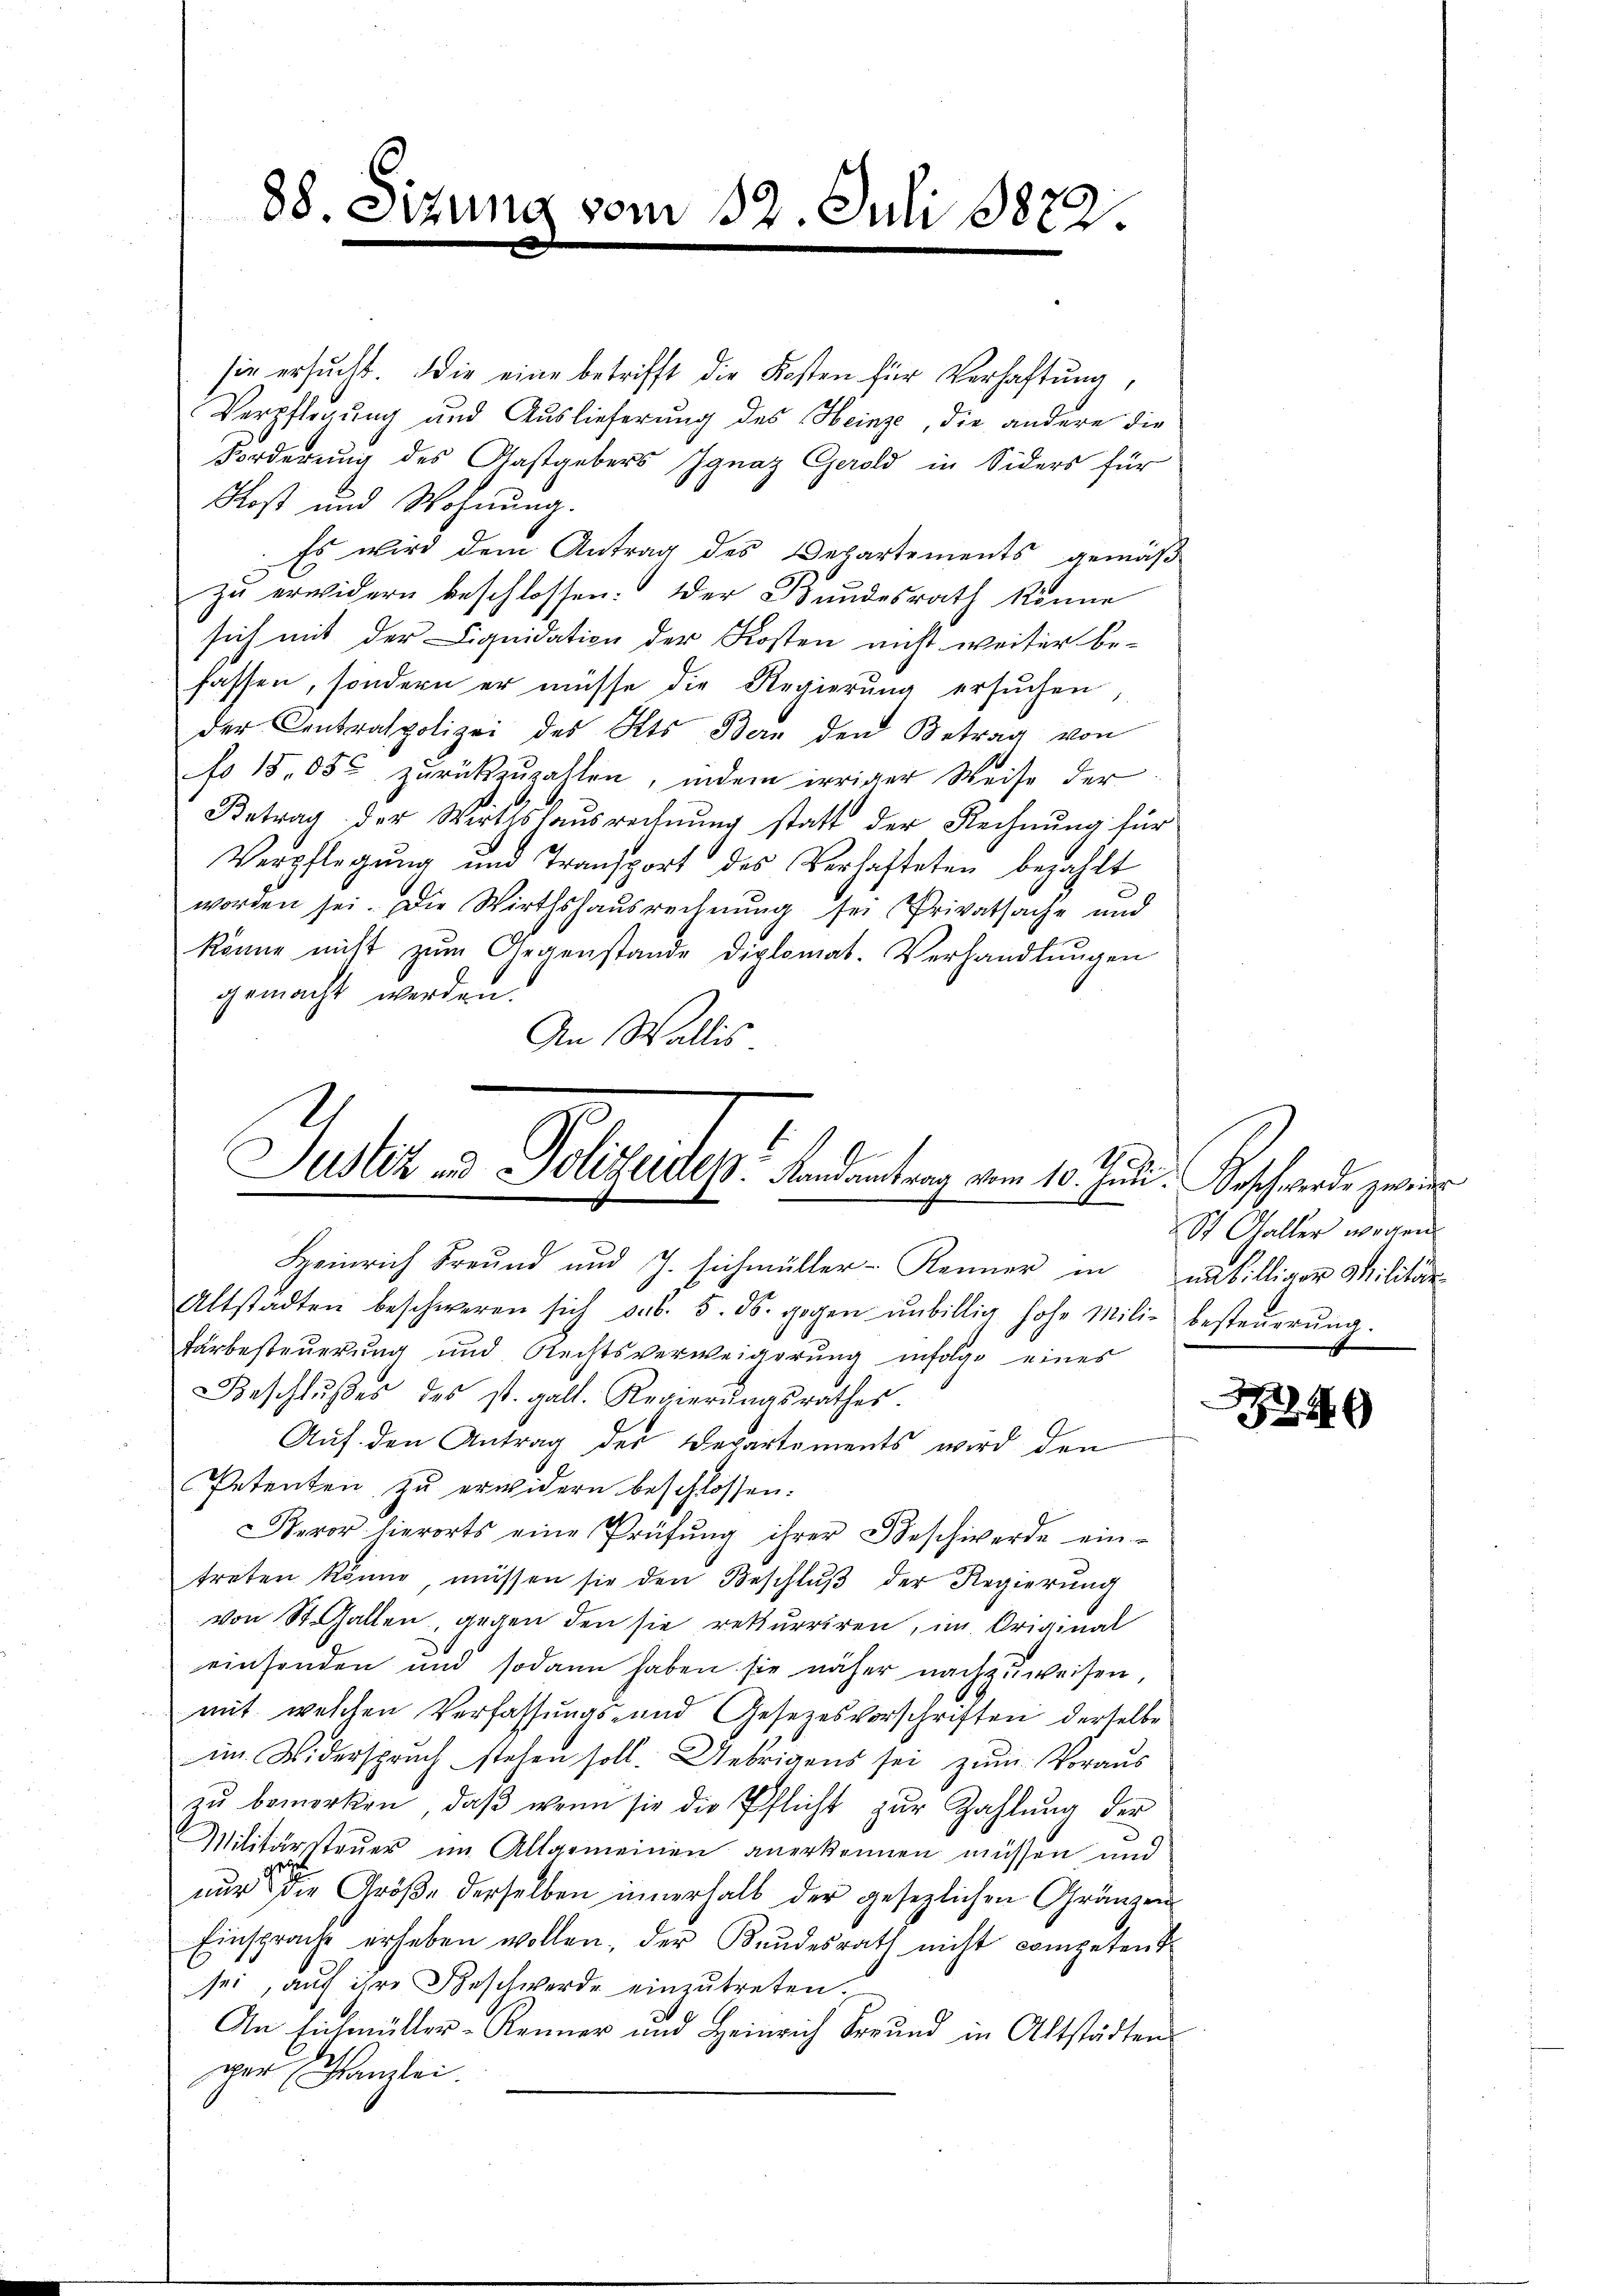
88. Sitzung vom 12. Juli 1822.

sie ersucht. Die eine betrifft die Kosten für Verhaftung,
Verpflegung und Auslieferung des Heinze, die andere die
Forderung des Gastgebers Ignaz Gerold in Siders für
Rost und Wohnung.
Es wird dem Antrag des Departements gemäß
zu erwidern beschlossen: Der Bundesrath könne
sich mit der Liquidation der Kosten nicht weiter be-
fassen, sondern er müsse die Regierŭng ersŭchen,
der Centralpolizei des Kts Bern den Betrag von
fo 18,050 zurückzuzahlen, indem irriger Weise der
Betrag der Wirthshausrechnung statt der Rechnung für
Verpflegŭng und Transport des Verhafteten bezahlt
worden sei. Die Wirthshausrechnŭng sei Privatsache und
könne nicht zum Gegenstande diplomat. Verhandlungen
gemacht werden.
An Wallis

1
Justiz und Polizeides Landantrag vom 10. Juni: Beschwerde zwei

St. Galler wegen
|

Heinrich Freund und J. sichmüller-Kenner in unbilliger Militär-
Altstädten beschweren sich ab. 5. ds. gegen ŭnbillig hohe Mili- besteŭerŭng.
tärbesteuerung und Rechtsverweigerung infolge eines
Beschlŭβes des st. galt. Regierŭngsrathes.
Auf den Antrag der Departements wird den
Petenten zu erwidern beschlossen.
Bevor hierorts eine Prüfŭng ihrer Beschwerde ein-
treten könne, müssen sie den Beschlŭβ der Regierung
von St. Gallen, gegen den sie rekurriren, im Original
einsenden und sodann haben sie näher nachzuweisen,
mit welchen Verfassungs- und Gesezesvorschriften derselbe
im Widerspruch stehen soll. Uebrigens sei zum Voraus
zŭ bemerken, daβ wenn sie die Pflicht zŭr Zahlŭng der
Militärsteuer im Allgemeinen anerkennen müssen und
nur die Größe derselben innerhalb der gesezlichen Gränzen
Einsprache erheben wollen, der Kundesrath nicht competent
sei, auf ihre Beschwerde einzutreten.
An Eichmütter-Renner und Heinrich Freund in Altstädten
per Canzlei.

B
249